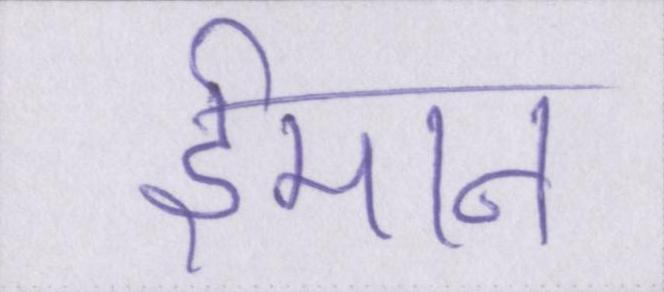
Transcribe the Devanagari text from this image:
ईमान